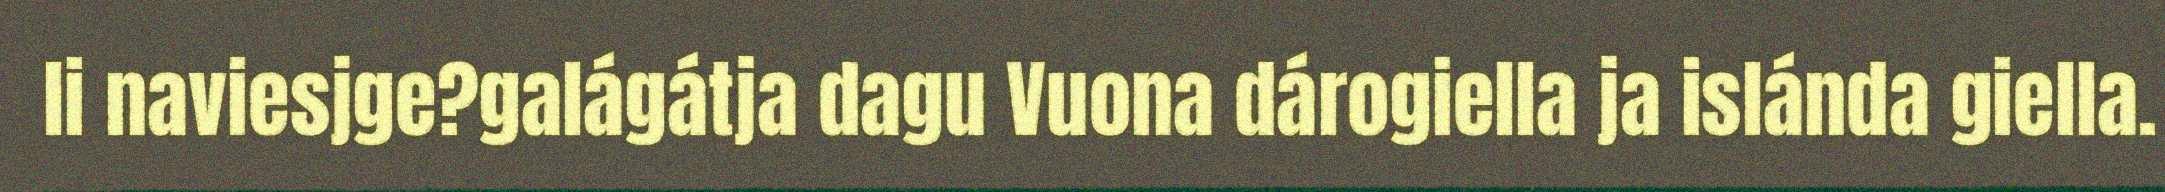
li naviesjge?galágátja dagu Vuona dárogiella ja islánda giella.